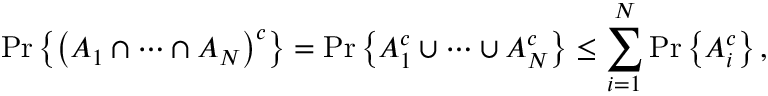
\operatorname* { P r } \left\{ \left( A _ { 1 } \cap \cdots \cap A _ { N } \right) ^ { c } \right\} = \operatorname* { P r } \left\{ A _ { 1 } ^ { c } \cup \cdots \cup A _ { N } ^ { c } \right\} \leq \sum _ { i = 1 } ^ { N } \operatorname* { P r } \left\{ A _ { i } ^ { c } \right\} ,